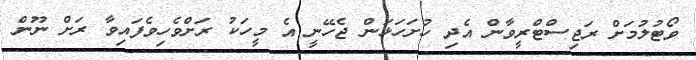
ވޯޓުލުމަށް ރަޖިސްޓްރީވާން އެދި ހުށަހަޅަން ޖެހޭނީ އެ މީހަކު ރަށްވެހިވެފައިވާ ރަށް ނޫން